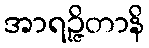
အာရဉ္ဇိတာနိ